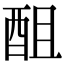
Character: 䣯